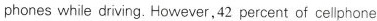
phones while driving. However,42 percent of cellphone